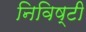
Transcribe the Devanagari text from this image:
निविष्टी